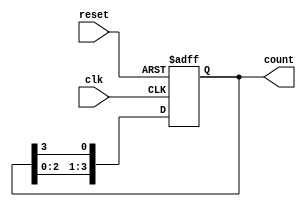
module binary_ring_counter #(parameter N = 4) (
    input wire clk,              // Clock input
    input wire reset,            // Asynchronous reset input
    output reg [N-1:0] count     // Output representing the current state
);

    // State initialization
    initial begin
        count = 1'b1; // Start with the first flip-flop set
    end

    // Always block for the ring counter logic
    always @(posedge clk or posedge reset) begin
        if (reset) begin
            count <= 1'b1; // Reset to the first state
        end else begin
            // Rotate the '1' to the next flip-flop position
            count <= {count[N-2:0], count[N-1]}; // Shift left and wrap around
        end
    end

endmodule